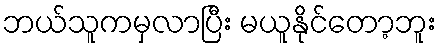
ဘယ်သူကမှလာပြီး မယူနိုင်တော့ဘူး